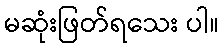
မဆုံးဖြတ်ရသေး ပါ။